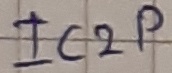
Text: IC2P